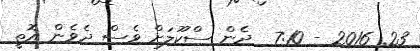
23